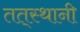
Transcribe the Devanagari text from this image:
तत्‌स्थानी